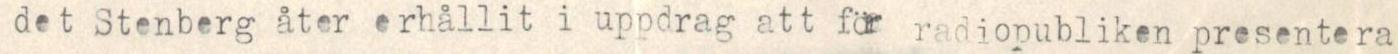
det Stenberg åter erhållit i uppdrag att för radiopubliken presentera